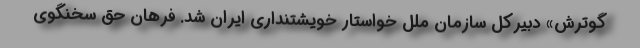
گوترش» دبیرکل سازمان ملل خواستار خویشتنداری ایران شد. فرهان حق سخنگوی